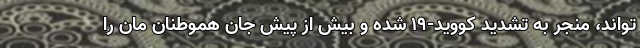
تواند، منجر به تشدید کووید-۱۹ شده و بیش از پیش جان هموطنان مان را